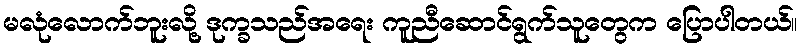
မလုံလောက်ဘူးလို့ ဒုက္ခသည်အရေး ကူညီဆောင်ရွက်သူတွေက ပြောပါတယ်။